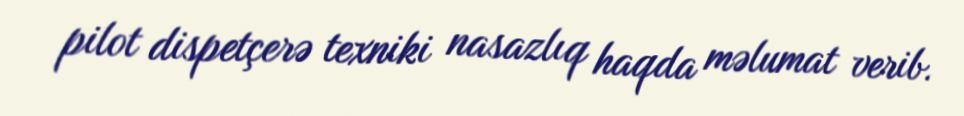
pilot dispetçerə texniki nasazlıq haqda məlumat verib.